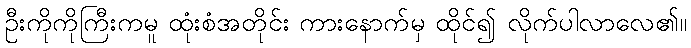
ဦးကိုကိုကြီးကမူ ထုံးစံအတိုင်း ကားနောက်မှ ထိုင်၍ လိုက်ပါလာလေ၏။